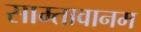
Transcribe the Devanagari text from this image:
साम्तावानम